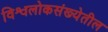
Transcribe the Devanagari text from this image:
विश्वलोकसंख्येतील